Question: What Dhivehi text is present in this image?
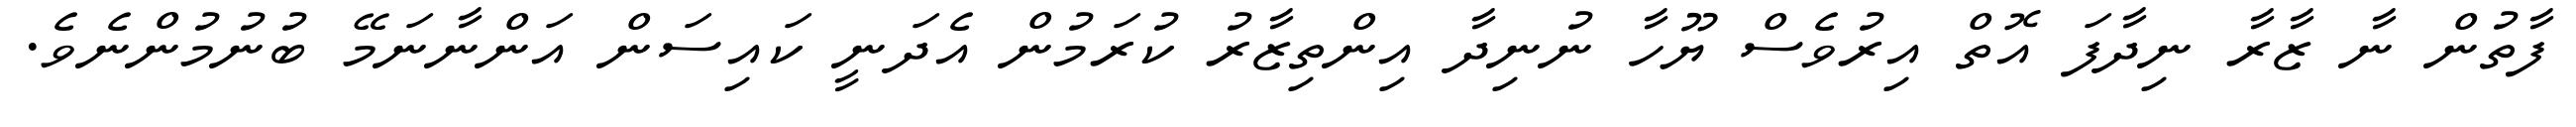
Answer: ފާތުން ނާ ޒާރާ ނިދާފަ އޮތް އިރުވެސް ޔޫހާ ނުނިދާ އިންތިޒާރު ކުރަމުން އެދަނީ ކައިސަން އަންނާނަމޭ ބުނުމުންނެވެ.